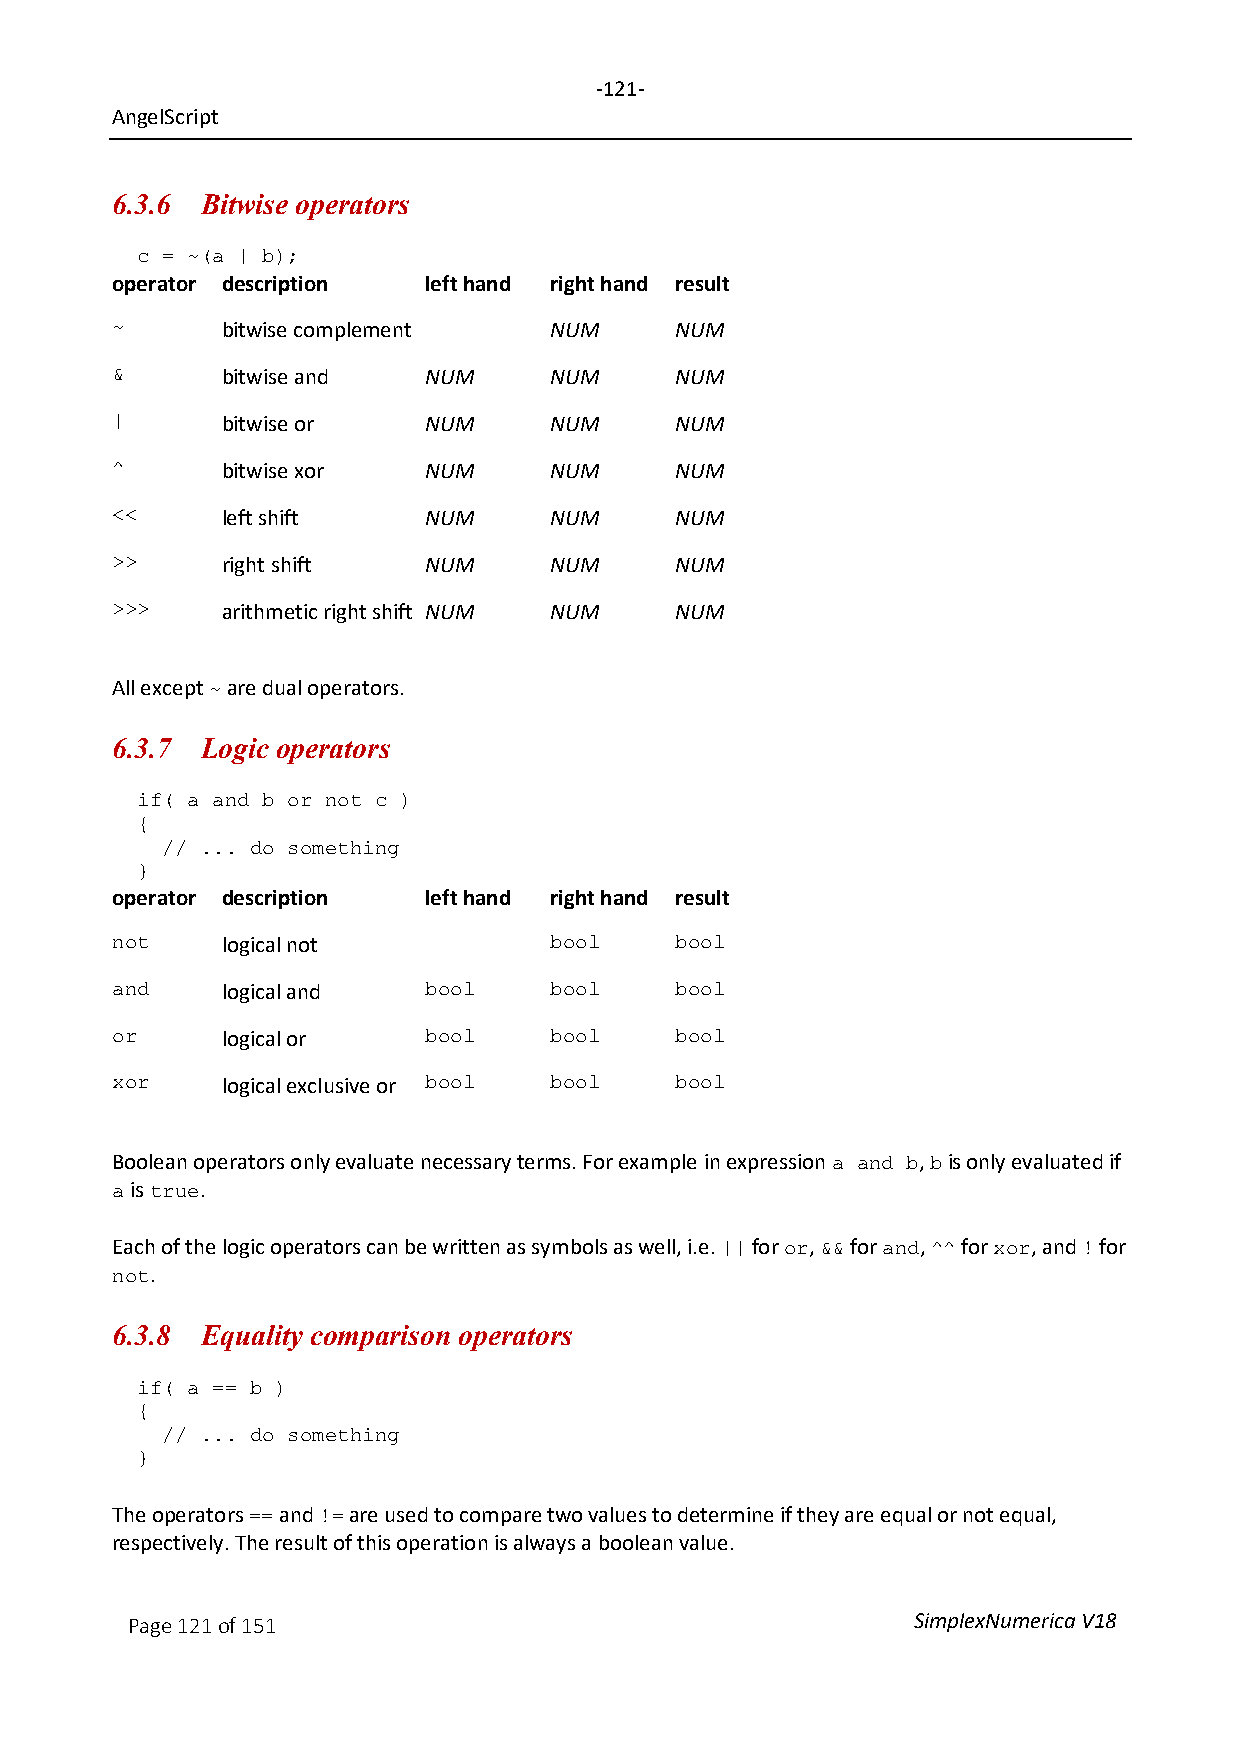
-121-
 AngelScript
 6.3.6 Bitwise operators
 c = ~(a | b);
 operator description left hand right hand result
 ~       bitwise complement   NUM      NUM
 &       bitwise and  NUM     NUM      NUM
 |       bitwise or   NUM     NUM      NUM
 ^       bitwise xor  NUM     NUM      NUM
 <<      left shift   NUM     NUM      NUM
 >>      right shift  NUM     NUM      NUM
 >>>     arithmetic right shift NUM NUM NUM
 All except are dual operators.
 ~
 6.3.7 Logic operators
 if( a and b or not c )
 {
 // ... do something
 }
 operator description left hand right hand result
 not     logical not          bool     bool
 and     logical and  bool    bool     bool
 or      logical or   bool    bool     bool
 xor     logical exclusive or bool bool bool
 Boolean operators only evaluate necessary terms. For example in expression , is only evaluated if
 a and b b
 is  .
 a  true
 Each of the logic operators can be written as symbols as well, i.e. for , for , for , and for
 ||  or && and ^^  xor   !
 .
 not
 6.3.8 Equality comparison operators
 if( a == b )
 {
 // ... do something
 }
 The operators and are used to compare two values to determine if they are equal or not equal,
 ==   !=
 respectively. The result of this operation is always a boolean value.
 Page 121 of 151                                     SimplexNumerica V18